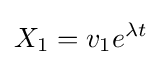
X_{1}=v_{1}e^{\lambda t}